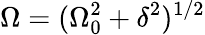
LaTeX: \Omega=(\Omega_{0}^{2}+\delta^{2})^{1/2}